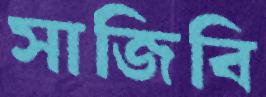
সাজিবি